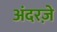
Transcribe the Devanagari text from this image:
अंदरज़े